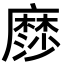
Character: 𮮋